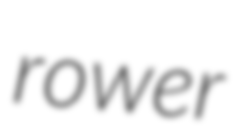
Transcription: rower